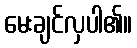
မေးချင်လှပါ၏။